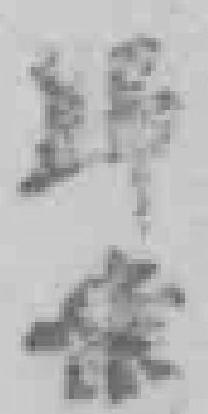
歸案